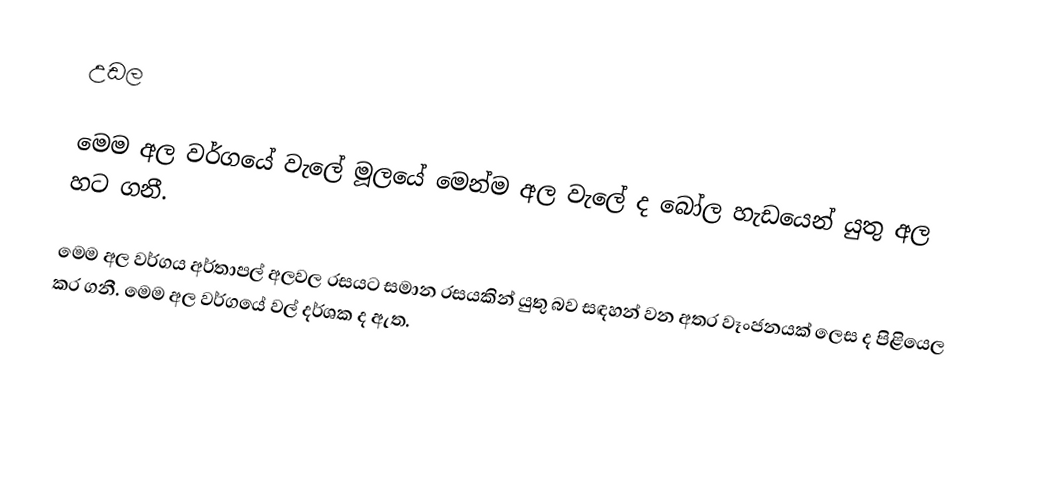
උඩල

මෙම අල වර්ගයේ වැලේ මූලයේ මෙන්ම අල වැලේ ද බෝල හැඩයෙන් යුතු අල හට ගනී.

මෙම අල වර්ගය අර්තාපල් අලවල රසයට සමාන රසයකින් යුතු බව සඳහන් වන අතර වෑංජනයක්‌ ලෙස ද පිළියෙල කර ගනී. මෙම අල වර්ගයේ වල් දර්ශක ද ඇත.